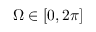
\Omega \in [ 0 , 2 \pi ]